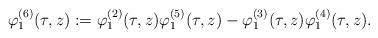
LaTeX: \begin{align*}\varphi^{(6)}_1(\tau,z):=\varphi^{(2)}_1(\tau,z)\varphi^{(5)}_1(\tau,z)-\varphi^{(3)}_1(\tau,z)\varphi^{(4)}_1(\tau,z).\end{align*}